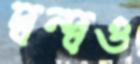
দ্বন্দ্বও